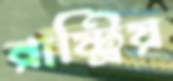
রাষ্ট্রিয়